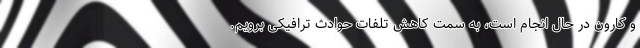
و کارون در حال انجام است، به سمت کاهش تلفات حوادث ترافیکی برویم.